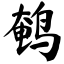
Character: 鹌